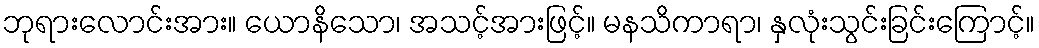
ဘုရားလောင်းအား။ ယောနိသော၊ အသင့်အားဖြင့်။ မနသိကာရာ၊ နှလုံးသွင်းခြင်းကြောင့်။